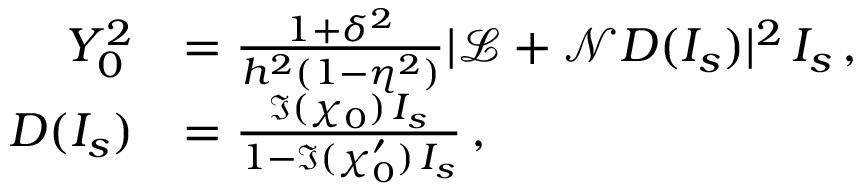
\begin{array} { r l } { Y _ { 0 } ^ { 2 } } & { = \frac { 1 + \delta ^ { 2 } } { h ^ { 2 } ( 1 - \eta ^ { 2 } ) } | \mathcal { L } + \mathcal { N } D ( I _ { s } ) | ^ { 2 } \, I _ { s } \, , } \\ { D ( I _ { s } ) } & { = \frac { \Im { ( \chi _ { 0 } ) } \, I _ { s } } { 1 - \Im { ( \chi _ { 0 } ^ { \prime } ) } \, I _ { s } } \, , } \end{array}